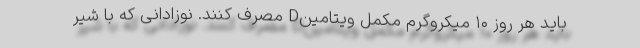
باید هر روز ۱۰ میکروگرم مکمل ویتامینD مصرف کنند. نوزادانی که با شیر